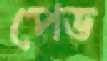
পেড